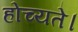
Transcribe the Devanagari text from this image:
होच्यते।